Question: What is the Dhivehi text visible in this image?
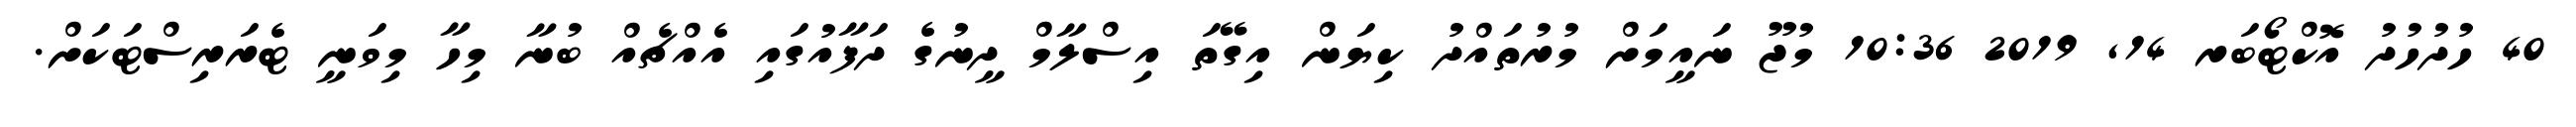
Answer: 40 ހުދުހުދު އޮކްޓޯބަރ 14, 2019 10:36 މުޖޫ ނައީމަށް މުރުތައްދު ކިޔަން އިގޭތަ އިސްލާމް ދީނުގެ ދަފާއުގައި އެއްޗެއް ބުނާ މިހާ މިވަނީ ޓެރަރިސްޓަކަށް.